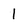
Character: 1